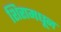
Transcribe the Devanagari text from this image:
शिरामधून